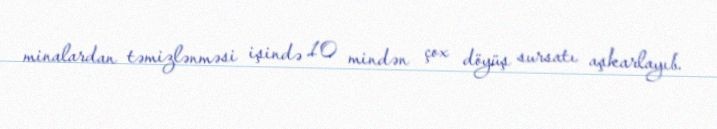
minalardan təmizlənməsi işində 10 mindən çox döyüş sursatı aşkarlayıb.